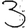
Digit: 3